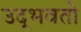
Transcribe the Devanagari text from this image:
उद्‌भवतो